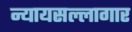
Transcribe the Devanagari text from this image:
न्यायसल्लागार